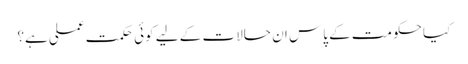
کیا حکومت کے پاس ان حالات کے لیے کوئی حکمت عملی ہے؟